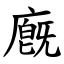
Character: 廐